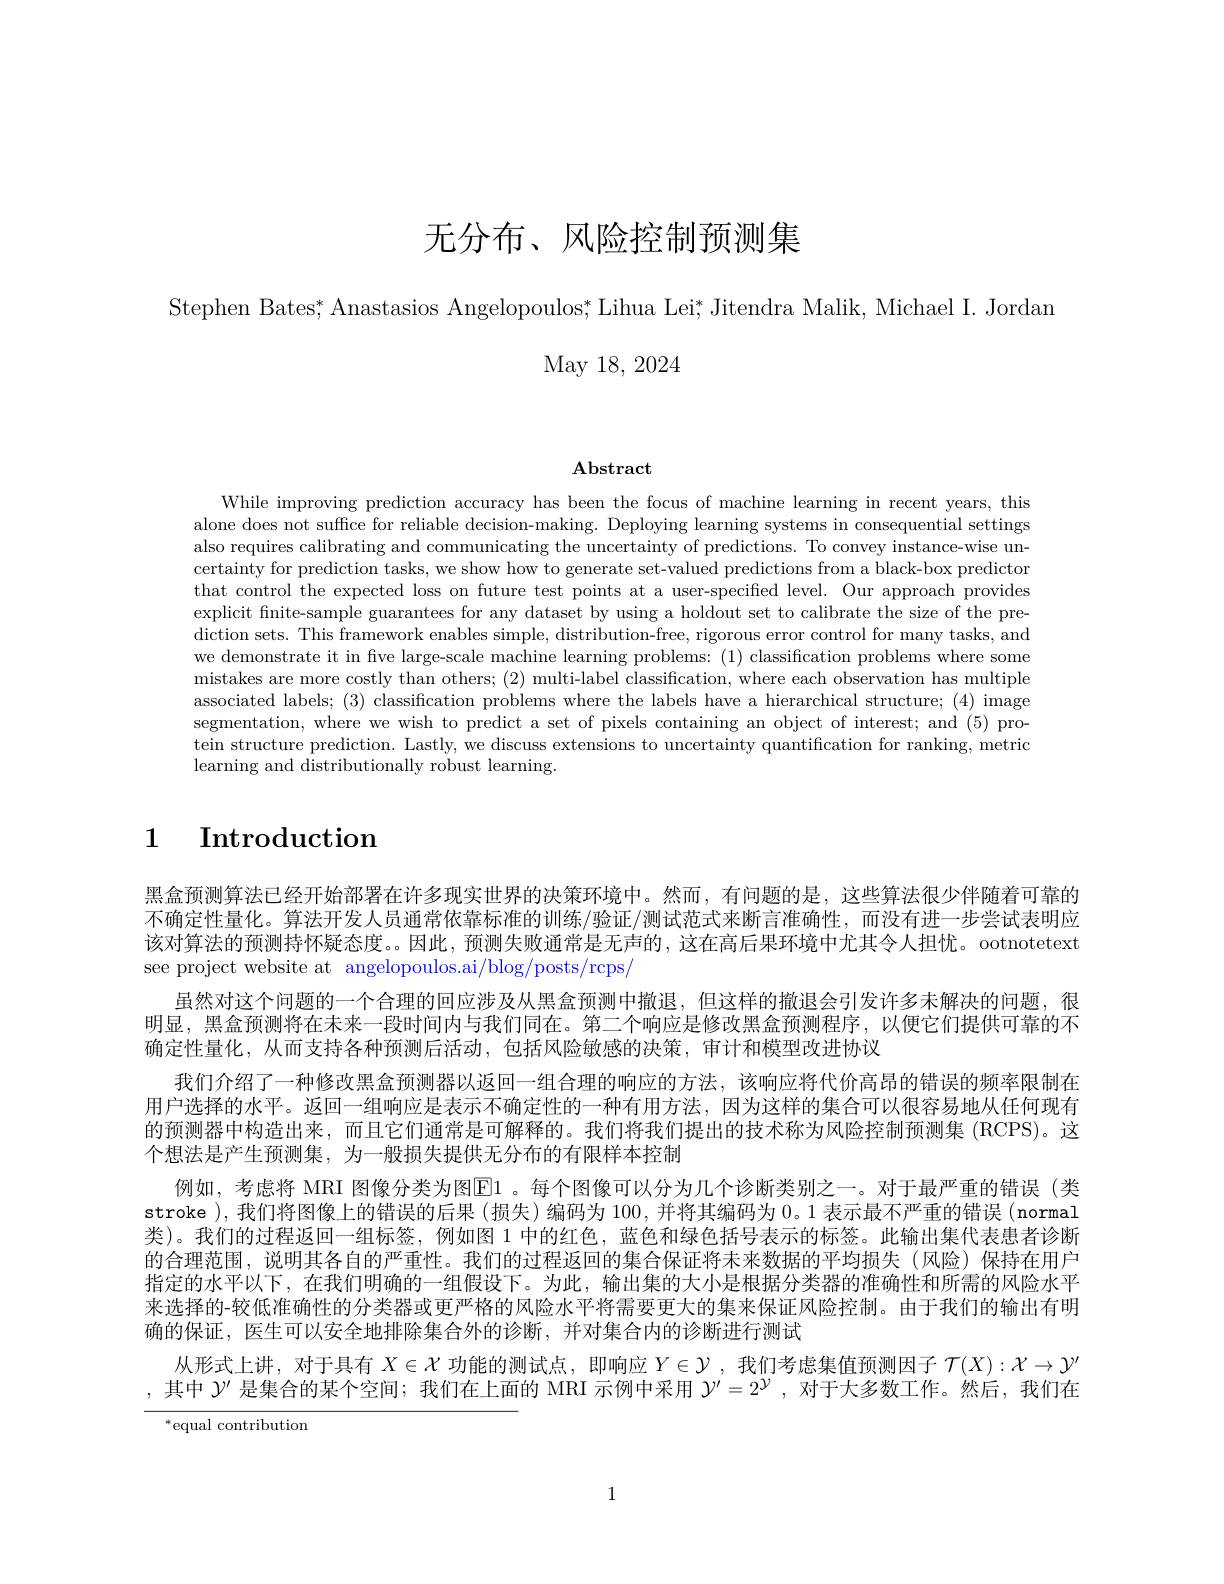
无分布、风险控制预测集

Stephen Bates; Anastasios Angelopoulos; Lihua Lei; Jitendra Malik, Michael I. Jordan
May 18, 2024

$\mathbf{Abstract}$

While improving prediction accuracy has been the focus of machine learning in recent years, this alone does not suffice for reliable decision-making. Deploying learning systems in consequential settings also requires calibrating and communicating the uncertainty of predictions. To convey instance-wise uncertainty for prediction tasks, we show how to generate set-valued predictions from a black-box predictor that control the expected loss on future test points at a user-specified level. Our approach provides explicit finite-sample guarantees for any dataset by using a holdout set to calibrate the size of the prediction sets. This framework enables simple, distribution-free, rigorous error control for many tasks, and we demonstrate it in five large-scale machine learning problems: (1) classification problems where some mistakes are more costly than others; (2) multi-label classification, where each observation has multiple associated labels; (3) classification problems where the labels have a hierarchical structure; (4) image segmentation, where we wish to predict a set of pixels containing an object of interest; and (5) protein structure prediction. Lastly, we discuss extensions to uncertainty quantification for ranking, metric learning and $\hat{\text{distributionally robust learning}}$

1 Introduction

黑盒预测算法已经开始部署在许多现实世界的决策环境中。然而，有问题的是，这些算法很少伴随着可靠的不确定性量化。算法开发人员通常依靠标准的训练/验证/测试范式来断言准确性，而没有进一步尝试表明应该对算法的预测持怀疑态度。因此，预测失败通常是无声的，这在高后果环境中尤其令人担忧。ootnotetext see project website at angelopoulos.ai/blog/posts/rcps/
虽然对这个问题的一个合理的回应涉及从黑盒预测中撤退，但这样的撤退会引发许多未解决的问题，很明显，黑盒预测将在未来一段时间内与我们同在。第二个响应是修改黑盒预测程序，以便它们提供可靠的不确定性量化，从而支持各种预测后活动，包括风险敏感的决策，审计和模型改进协议
我们介绍了一种修改黑盒预测器以返回一组合理的响应的方法，该响应将代价高昂的错误的频率限制在用户选择的水平。返回一组响应是表示不确定性的一种有用方法，因为这样的集合可以很容易地从任何现有的预测器中构造出来，而且它们通常是可解释的。我们将我们提出的技术称为风险控制预测集 (RCPS)。这个想法是产生预测集，为一般损失提供无分布的有限样本控制
例如，考虑将 MRI 图像分类为图$\mathbb{E}$1。每个图像可以分为几个诊断类别之一。对于最严重的错误(类stroke ),我们将图像上的错误的后果 (损失)编码为 100, 并将其编码为0。1 表示最不严重的错误 (normal 类)。我们的过程返回一组标签，例如图 1 中的红色，蓝色和绿色括号表示的标签。此输出集代表患者诊断的合理范围，说明其各自的严重性。我们的过程返回的集合保证将未来数据的平均损失(风险)保持在用户指定的水平以下，在我们明确的一组假设下。为此，输出集的大小是根据分类器的准确性和所需的风险水平来选择的-较低准确性的分类器或更严格的风险水平将需要更大的集来保证风险控制。由于我们的输出有明确的保证，医生可以安全地排除集合外的诊断，并对集合内的诊断进行测试
从形式上讲，对于具有$X\in\mathcal{X}$功能的测试点，即响应$Y\in\mathcal{Y}$ ,我们考虑集值预测因子$\mathcal{T}(X):\mathcal{X}\to\mathcal{Y}^{\prime\prime}$ ,其中$\mathcal{Y}^{\prime}$是集合的某个空间；我们在上面的 MRI 示例中采用$\mathcal{Y}^{\prime}=2^{\mathcal{Y}}$ ,对于大多数工作。然后，我们在

$^*$equal contribution

1